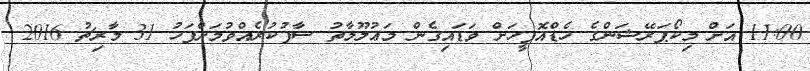
11:00 އަށް މިކޯޕަރޭޝަންގެ ހެޑްއޮފީހަށް ވަޑައިގެން މަޢުލޫމާތު ސާފުކުރެއްވުމަށްފަހު 31 މާރިޗު 2016